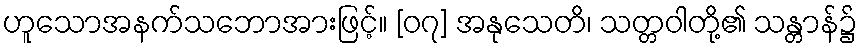
ဟူသောအနက်သဘောအားဖြင့်။ [၀၇] အနုသေတိ၊ သတ္တဝါတို့၏ သန္တာန်၌